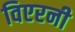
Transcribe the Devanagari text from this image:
विएरनी